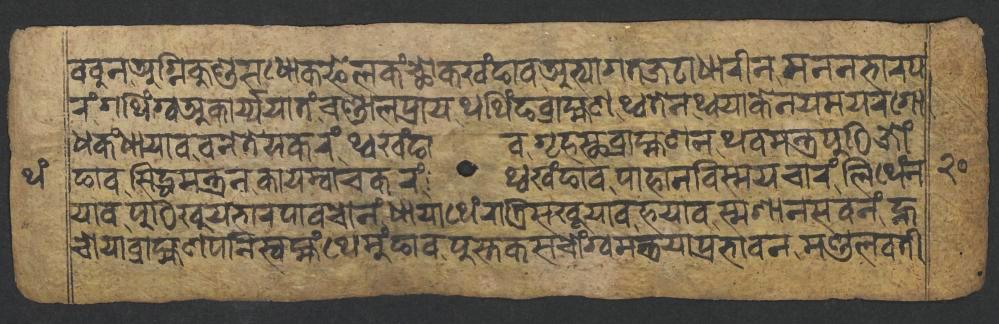
𑐧𑐧𑐸𑐣𑐀𑐐𑑂𑐣𑐶𑐎𑐸𑐞𑑂𑐜𑐳𑐢𑑀𑐎𑐦𑐾𑐮𑐎𑑄𑐕𑑀𑐎𑐏𑑄𑐒𑐵𑐰𑐀𑐨𑑂𑐫𑐵𑐐𑐟𑐖𑐚𑐵𑐢𑐵𑐬𑐷𑐣𑐩𑐣𑐣𑐨𑐵𑐬𑐥 𑐬𑑄𑐐𑐠𑐶𑑄𑐐𑑂𑐰𑐀𑐎𑐵𑐬𑑂𑐫𑑂𑐫𑐫𑐵𑐟𑑄𑐔𑐞𑑂𑐜𑐵𑐮𑐥𑑂𑐬𑐵𑐫𑐠𑐠𑐶𑑄𑐒𑐧𑑂𑐬𑐵𑐴𑑂𑐩𑐞𑐠𑑂𑐰𑐟𑐾𑐣𑐠𑑂𑐰𑐫𑐵𑐎𑐾𑐣𑐫𑐩𑐫𑐬𑐐𑑀 𑐢𑐎𑑄𑐢𑐵𑐫𑐵𑐰𑐰𑐣𑐾𑐟𑐾𑐫𑐎𑐬𑑄𑐠𑑂𑐰𑐏𑑄𑐒𑐵𑐰𑐐𑐺𑐴𑐳𑑂𑐠𑐧𑑂𑐬𑐵𑐴𑑂𑐩𑐞𑐣𑐠𑐰𑐩𑐣𑑂𑐟𑑂𑐬𑐥𑐸𑐛𑐶𑐖𑑀𑑄 𑐫𑐵𑐰𑐥𑐸𑐛𑐶𑐏𑐸𑐫𑐨𑐵𑐬𑐥𑐵𑐰𑐔𑑀𑐣𑑄𑐢𑐵𑐫𑐵𑐠𑐾𑑄𑐬𑐵𑐟𑑂𑐬𑐶𑐳𑐏𑐹𑐫𑐵𑐰𑐴𑐫𑐵𑐰𑐳𑑂𑐩𑐱𑐵𑐣𑐳𑐰𑐣𑑄𑐣𑑂𑐴 𑐒𑐵𑐰𑐳𑐶𑐡𑑂𑐢𑐩𑐣𑑂𑐟𑑂𑐬𑐣𑐎𑐵𑐫𑐩𑑂𑐰𑐵𑐔𑐎𑐬𑑄𑐠𑑂𑐰𑐏𑑄𑐒𑐵𑐰𑐥𑐵𑐴𑐵𑐣𑐰𑐶𑐳𑑂𑐩𑐫𑐔𑐵𑐬𑑄𑐮𑐶𑐠𑐾𑑄𑐣 𑐔𑑀𑐫𑐵𑐧𑑂𑐬𑐵𑐴𑑂𑐩𑐞𑐥𑐣𑐶𑐳𑑂𑐰𑐩𑑂𑐴𑑄𑐠𑐾𑐩𑐸𑑄𑐒𑐵𑐰𑐥𑐸𑐳𑑂𑐟𑐎𑐳𑐔𑑀𑑄𑐐𑑂𑐰𑐩𑐣𑑂𑐟𑑂𑐬𑐫𑐵𑐥𑑂𑐬𑐨𑐵𑐰𑐣𑐩𑐞𑑂𑐜𑐮𑐰𑐟𑐷